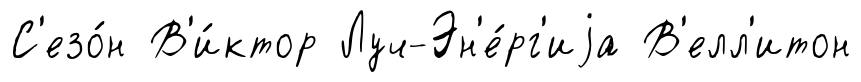
С'езо́н В'и́ктор Луч-Эн'е́рг'иjа В'елл'итон